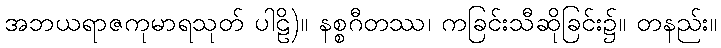
အဘယရာဇကုမာရသုတ် ပါဠိ)။ နစ္စဂီတဿ၊ ကခြင်းသီဆိုခြင်း၌။ တနည်း။